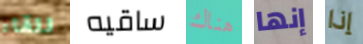
للقاء ساقيه هناك إنها إذا